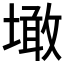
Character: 𡑒